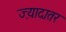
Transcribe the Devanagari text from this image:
ज्‍़यादातर